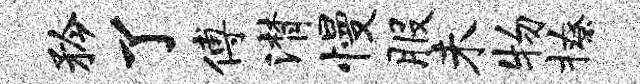
矜了傅潸慢服未物撩